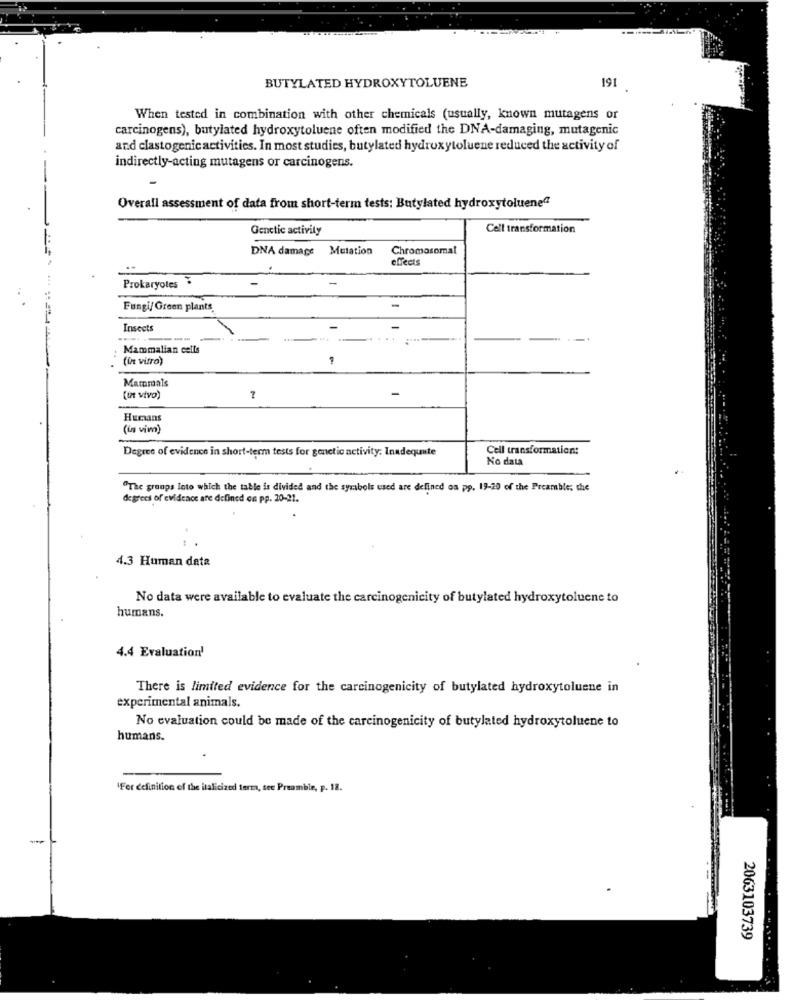
BUTYLATED HYDROXYTOLUENE
191
When tested in combination with other chemicals (usually, known mutagens or
carcinogens), butylated hydroxytoluene often modified the DNA-damaging, mutagenic
and clastogenicactivities. In most studies, butylated hydroxytoluene reduced the activity of
indirectly-acting mutagens or carcinogens.
Overall assessment of data from short-term tests: Butylated hydroxytoluene"
Genetic activity
Cell transformation
DNA damage Mutation
Chromosomal
effects
Prokaryotes
Fungi/Green plants.
Insects
----
Mammalian cells
(in vitro)
Mammals
[in vivo)
7
Humans
(in vir)
Cell transformation:
Degree of evidence in short-term tests for genetic activity: Inadequate
No data
"The groups Into which the table is divided and the symbols used are defined os pp. 19-20 of the Preamble; the
degrees of evidence are defined on pp. 20-21.
4.3 Human data
No data were available to evaluate the carcinogenicity of butylated hydroxytoluene to
humans.
4.4 Evaluation'
There is limited evidence for the carcinogenicity of butylated hydroxytoluene in
experimental animals.
No evaluation could be made of the carcinogenicity of butylated hydroxytoluene to
humans.
'For definition of the italicized term, see Preamble, p. 18.
-
2063103739